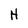
Character: H